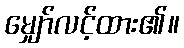
မျှော်လင့်ထား၏။